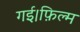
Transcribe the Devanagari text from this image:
गई।फ़िल्म